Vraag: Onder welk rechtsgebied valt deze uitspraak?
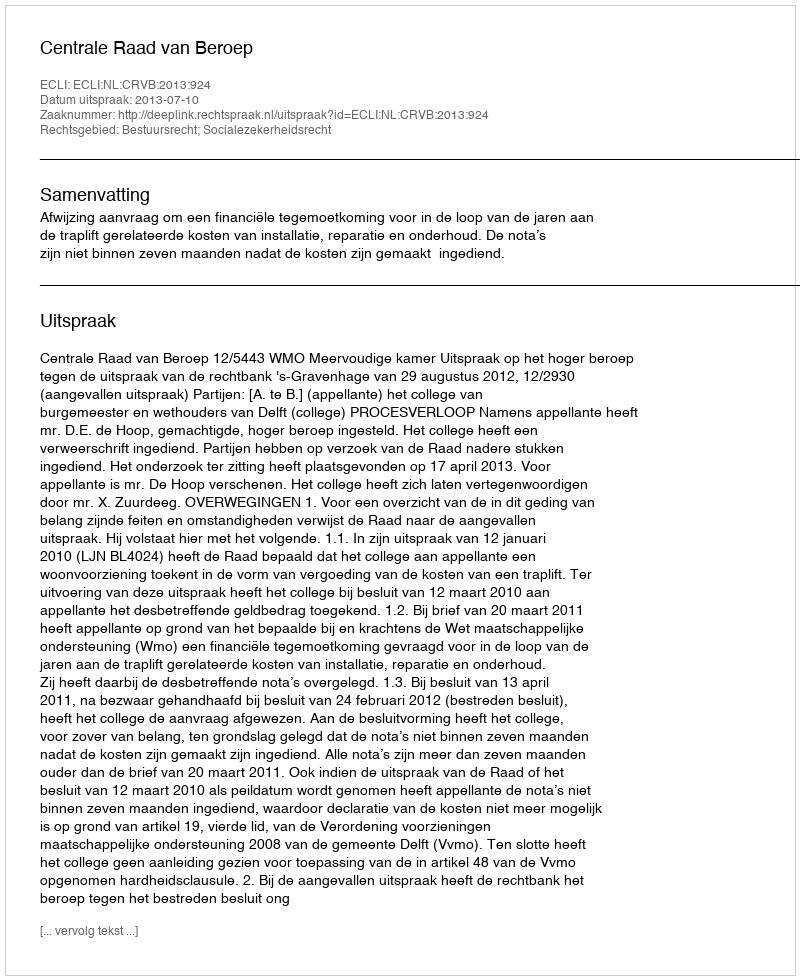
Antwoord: Bestuursrecht; Socialezekerheidsrecht